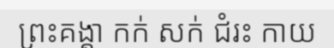
ព្រះគង្គា កក់ សក់ ជំរះ កាយ